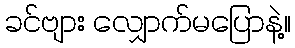
ခင်ဗျား လျှောက်မပြောနဲ့။